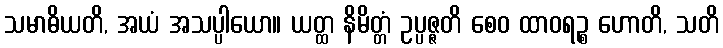
သမာဓိယတိ, အယံ အသပ္ပါယော။ ယတ္ထ နိမိတ္တံ ဥပ္ပဇ္ဇတိ စေဝ ထာဝရဉ္စ ဟောတိ, သတိ